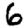
Digit: 6